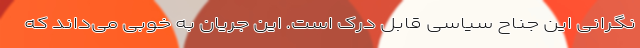
نگرانی این جناح سیاسی قابل درک است. این جریان به خوبی می‌داند که